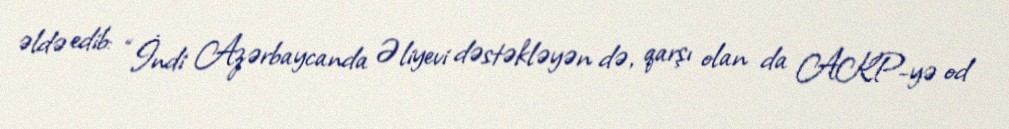
əldə edib: “İndi Azərbaycanda Əliyevi dəstəkləyən də, qarşı olan da AKP-yə od